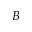
\boldsymbol { B }